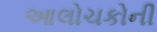
આલોચકોની